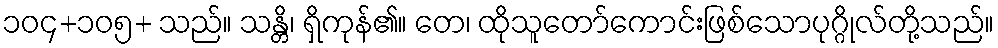
၁၀၄+၁၀၅+ သည်။ သန္တိ၊ ရှိကုန်၏။ တေ၊ ထိုသူတော်ကောင်းဖြစ်သောပုဂ္ဂိုလ်တို့သည်။